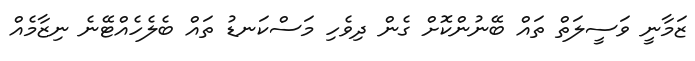
ޒަމާނީ ވަސީލަތް ތައް ބޭނުންކޮށް ގެން ދިވެހި މަސްކަނޑު ތައް ބެލެހެއްޓޭނެ ނިޒާމެއް